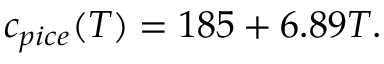
c _ { p i c e } ( T ) = 1 8 5 + 6 . 8 9 T .